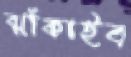
ঝাঁকাইব